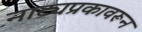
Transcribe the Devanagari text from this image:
नाट्यप्रकावरून